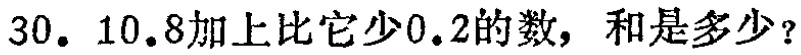
30. 10.8加上比它少0.2的数，和是多少？